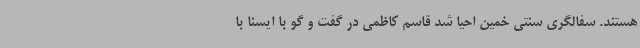
هستند. سفالگری سنتی خمین احیا شد قاسم کاظمی در گفت و گو با ایسنا با